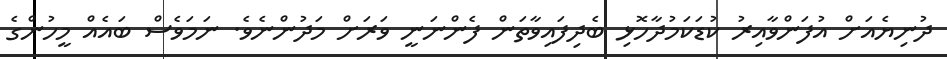
ދުނިޔެއަށް އުފަންވާއިރު ކުޑަކަމުދާހޮޅި ބެދިފައިވާތަން ފެންނަނީ ވަރަށް މަދުންނެވެ. ނަމަވެސް ބައެއް މީހުންގެ